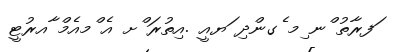
ަފރާތު ްނ ިމ ެގންދި ަޔއީ .އިތުރަ ްށ އެ ްމއެމް ާއރުޓީ